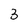
Character: 3